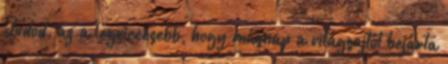
Tudod, az a legviccesebb, hogy másnap a világsajtót bejárta